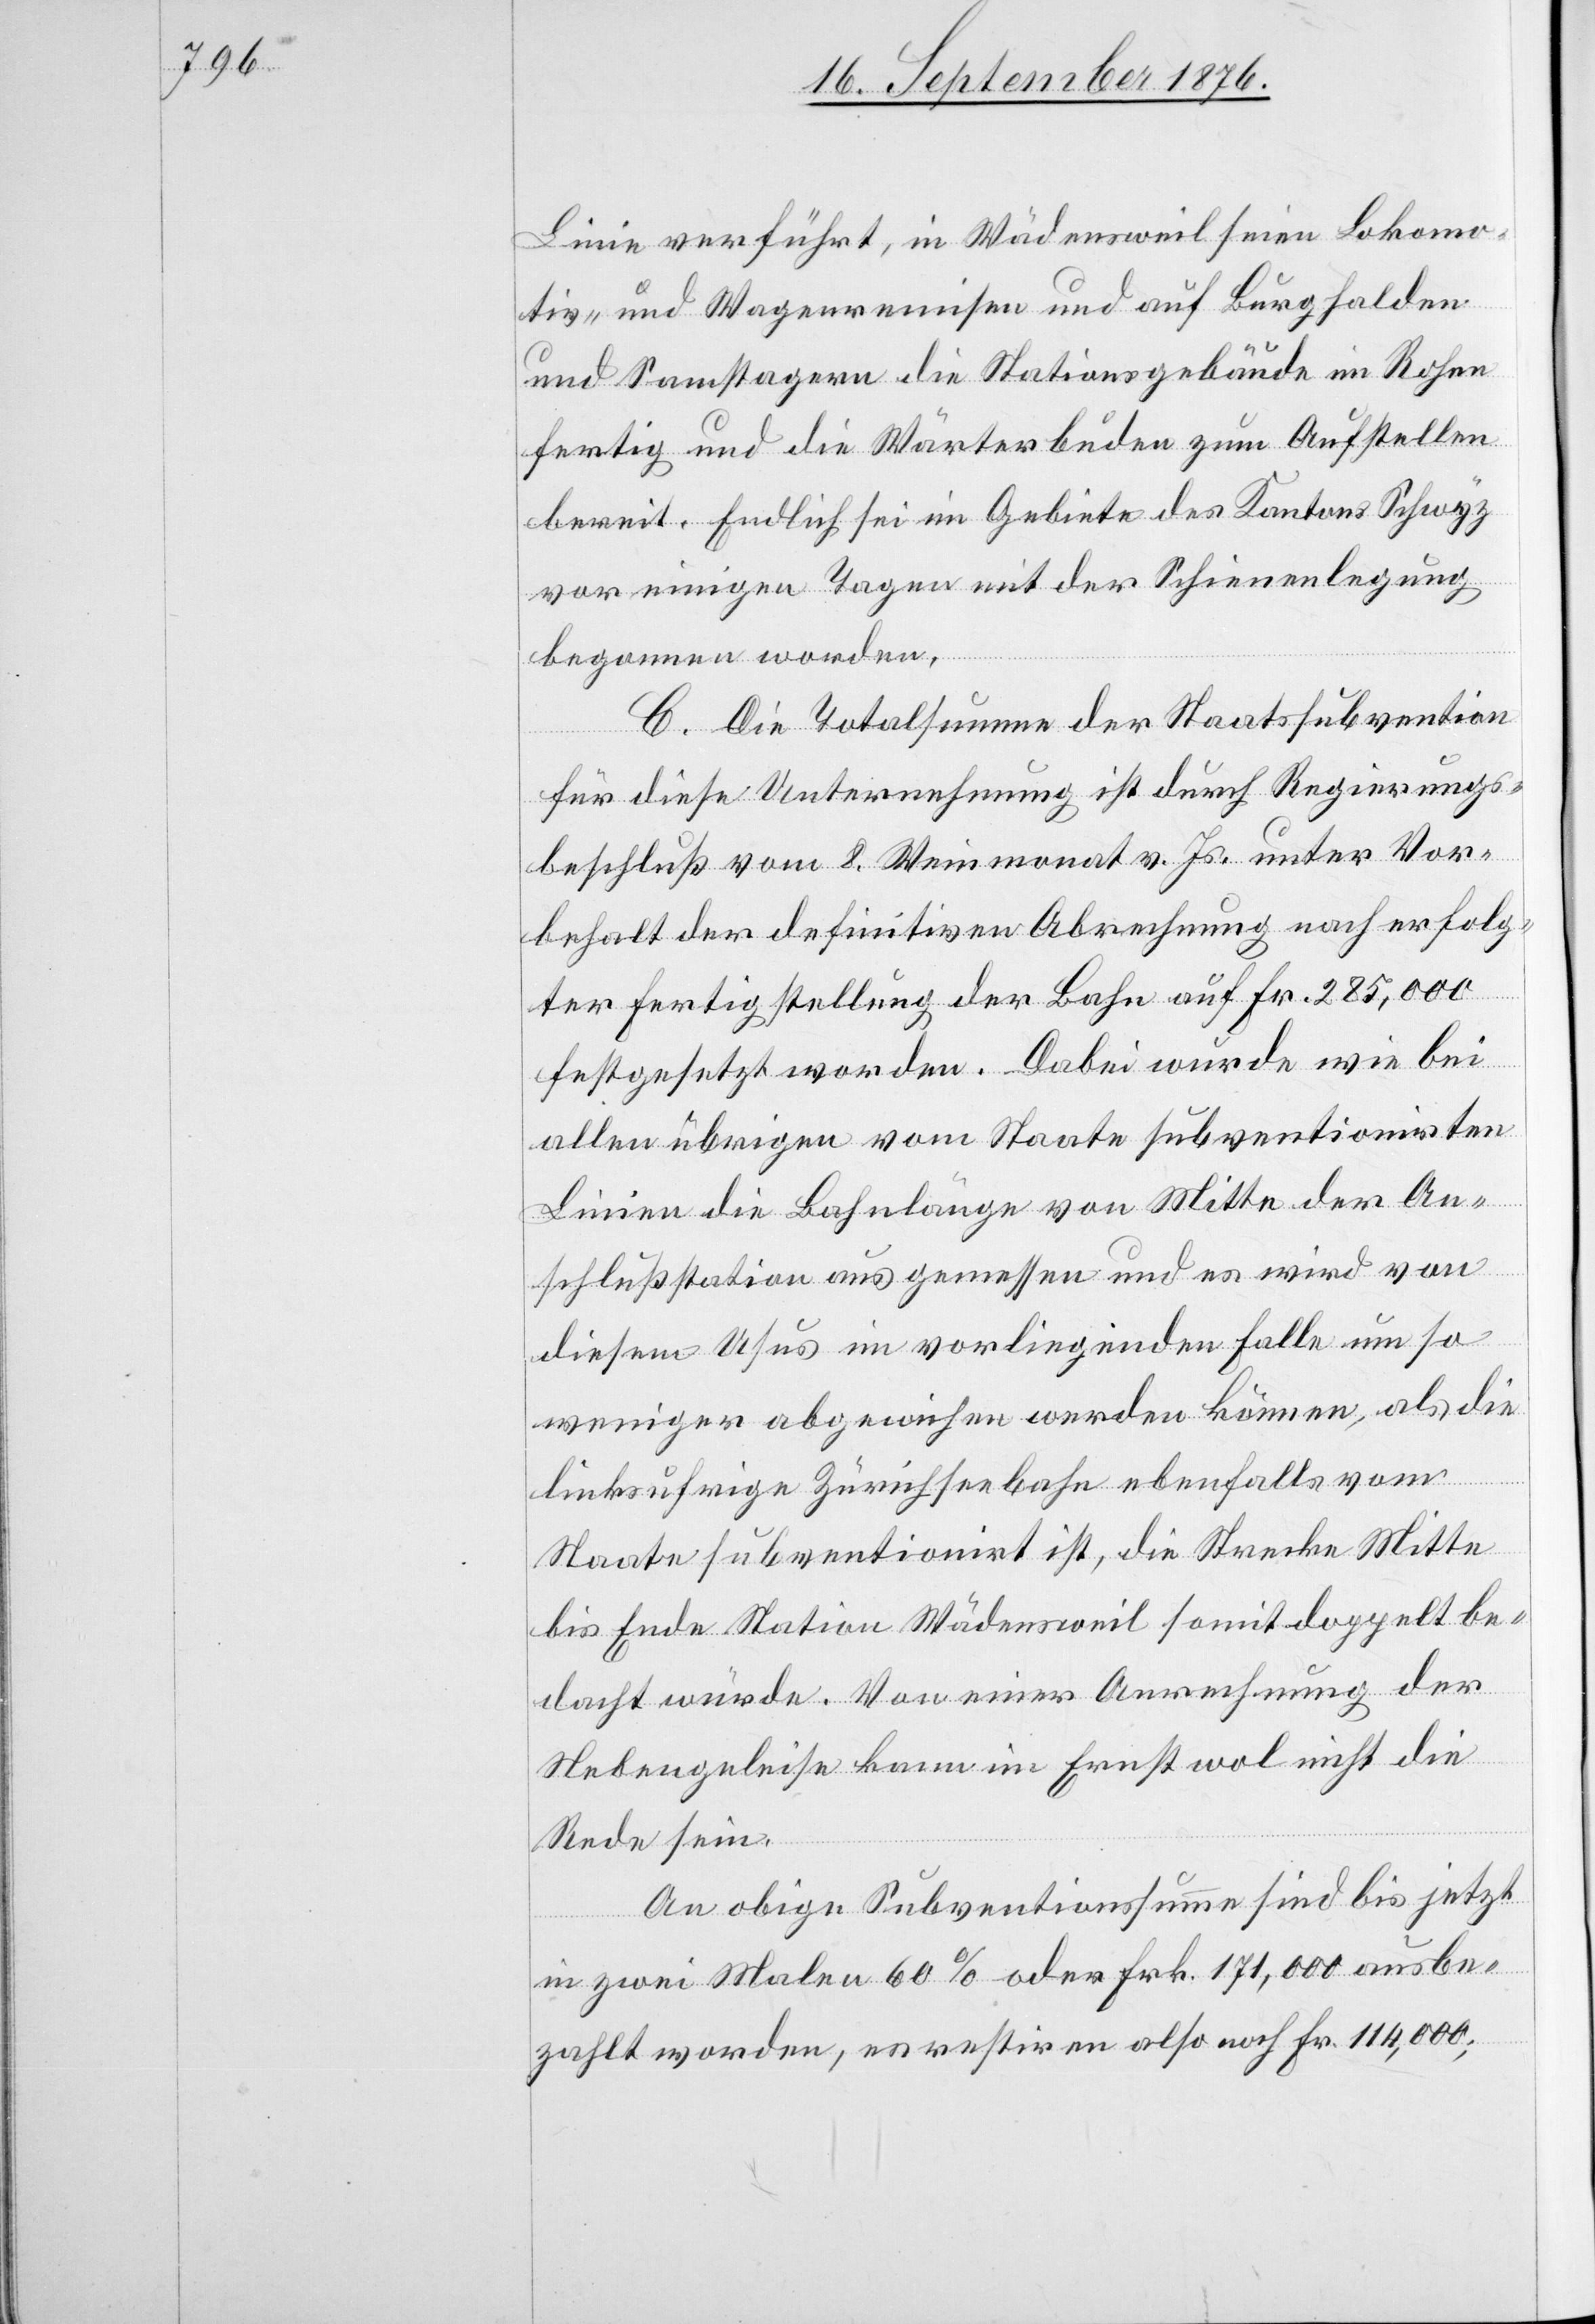
Linie verführt, in Wädensweil seien Lokomo¬
tiv- und Wagenremisen und auf Burghalden
und Samstagern die Stationsgebäude im Rohen
fertig und die Wärterbuden zum Aufstellen
bereit. Endlich sei im Gebiete des Kantons Schwyz
vor einigen Tagen mit der Schienenlegung
begonnen worden.
C. Die Totalsumme der Staatssubvention
für diese Unternehmung ist durch Regierungs¬
beschluß vom 8. Weinmonat v. Js. unter Vor¬
behalt der definitiven Abrechnung nach erfolg¬
ter Fertigstellung der Bahn auf Fr. 285,000
festgesetzt worden. Dabei wurde wie bei
allen übrigen vom Staate subventionirten
Linien die Bahnlänge von Mitte der Ab¬
schlußstation aus gemessen und es wird von
diesem Usus im vorliegenden Falle um so
weniger abgewichen werden können, als die
linksufrige Zürichseebahn ebenfalls vom
Staate subventionirt ist, die Strecke Mitte
bis Ende Station Wädensweil somit doppelt be¬
dacht würde. Von einer Anrechnung der
Nebengeleise kann im Ernst wol nicht die
Rede sein.
An obiger Subventionssumme sind bis jetzt
in zwei Malen 60% oder Frk. 171,000 ausbe¬
zahlt worden, es restiren also noch Fr. 114,000;